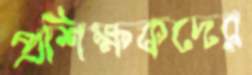
প্রশিক্ষকদের